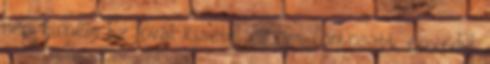
nem hinném. Ez jóval kisebb, és ami fontosabb, egyedül